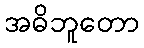
အဓိဘူတော